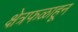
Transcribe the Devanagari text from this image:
क्षेत्रफळाहून